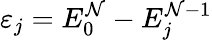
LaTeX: \varepsilon_{j}=E_{0}^{\mathcal{N}}-E_{j}^{\mathcal{N}-1}